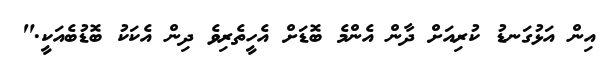
އިން އަޅުގަނޑު ކުރިއަށް ދާން އެންމެ ބޮޑަށް އެހީތެރިވެ ދިން އެކަކު ބޮޑުބެއަކީ."